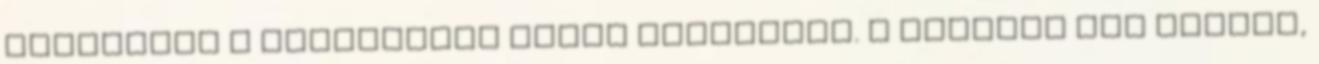
szíriaiak a legkevésbé rossz választás. A németek ezt tudják,